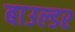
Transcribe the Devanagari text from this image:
बाउल्डर